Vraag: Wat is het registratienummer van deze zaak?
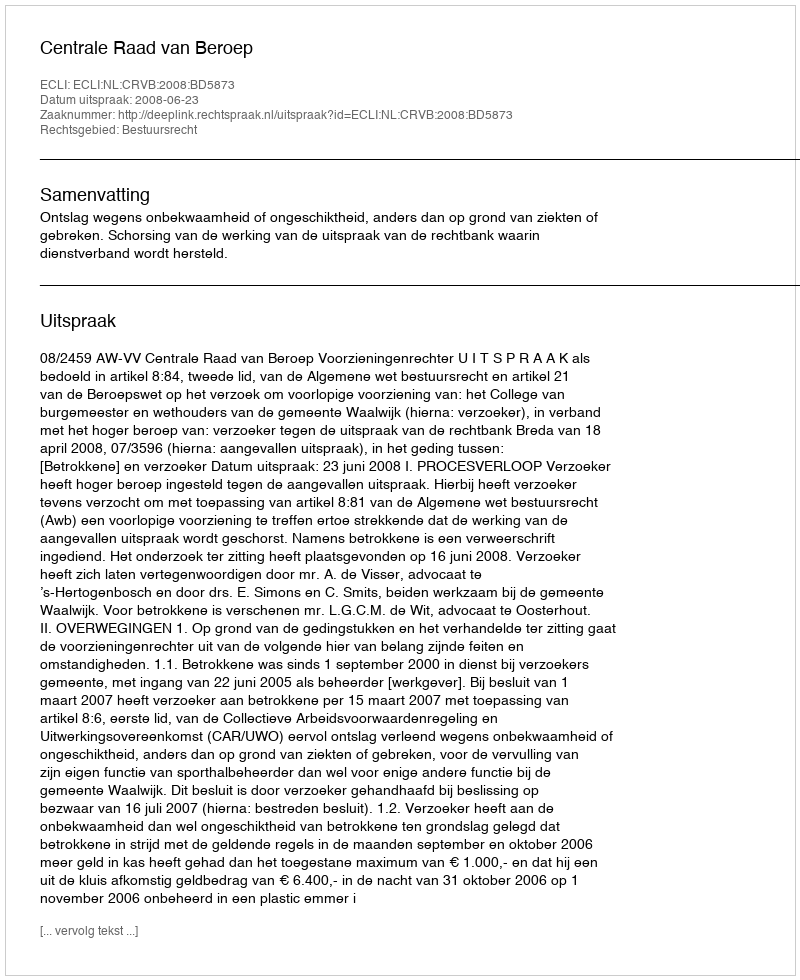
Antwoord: http://deeplink.rechtspraak.nl/uitspraak?id=ECLI:NL:CRVB:2008:BD5873